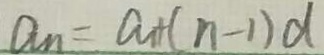
a _ { n } = a _ { 1 } + ( n - 1 ) d